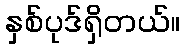
နှစ်ပုဒ်ရှိတယ်။